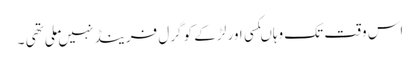
اس وقت تک وہاںکسی اور لڑ کے کو گرل فرینڈ نہیں ملی تھی ۔